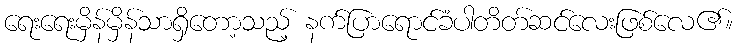
ရေးရေးမှိန်မှိန်သာရှိတော့သည့် နက်ပြာရောင်ခံပါတိတ်ဆင်လေးဖြစ်လေ၏။